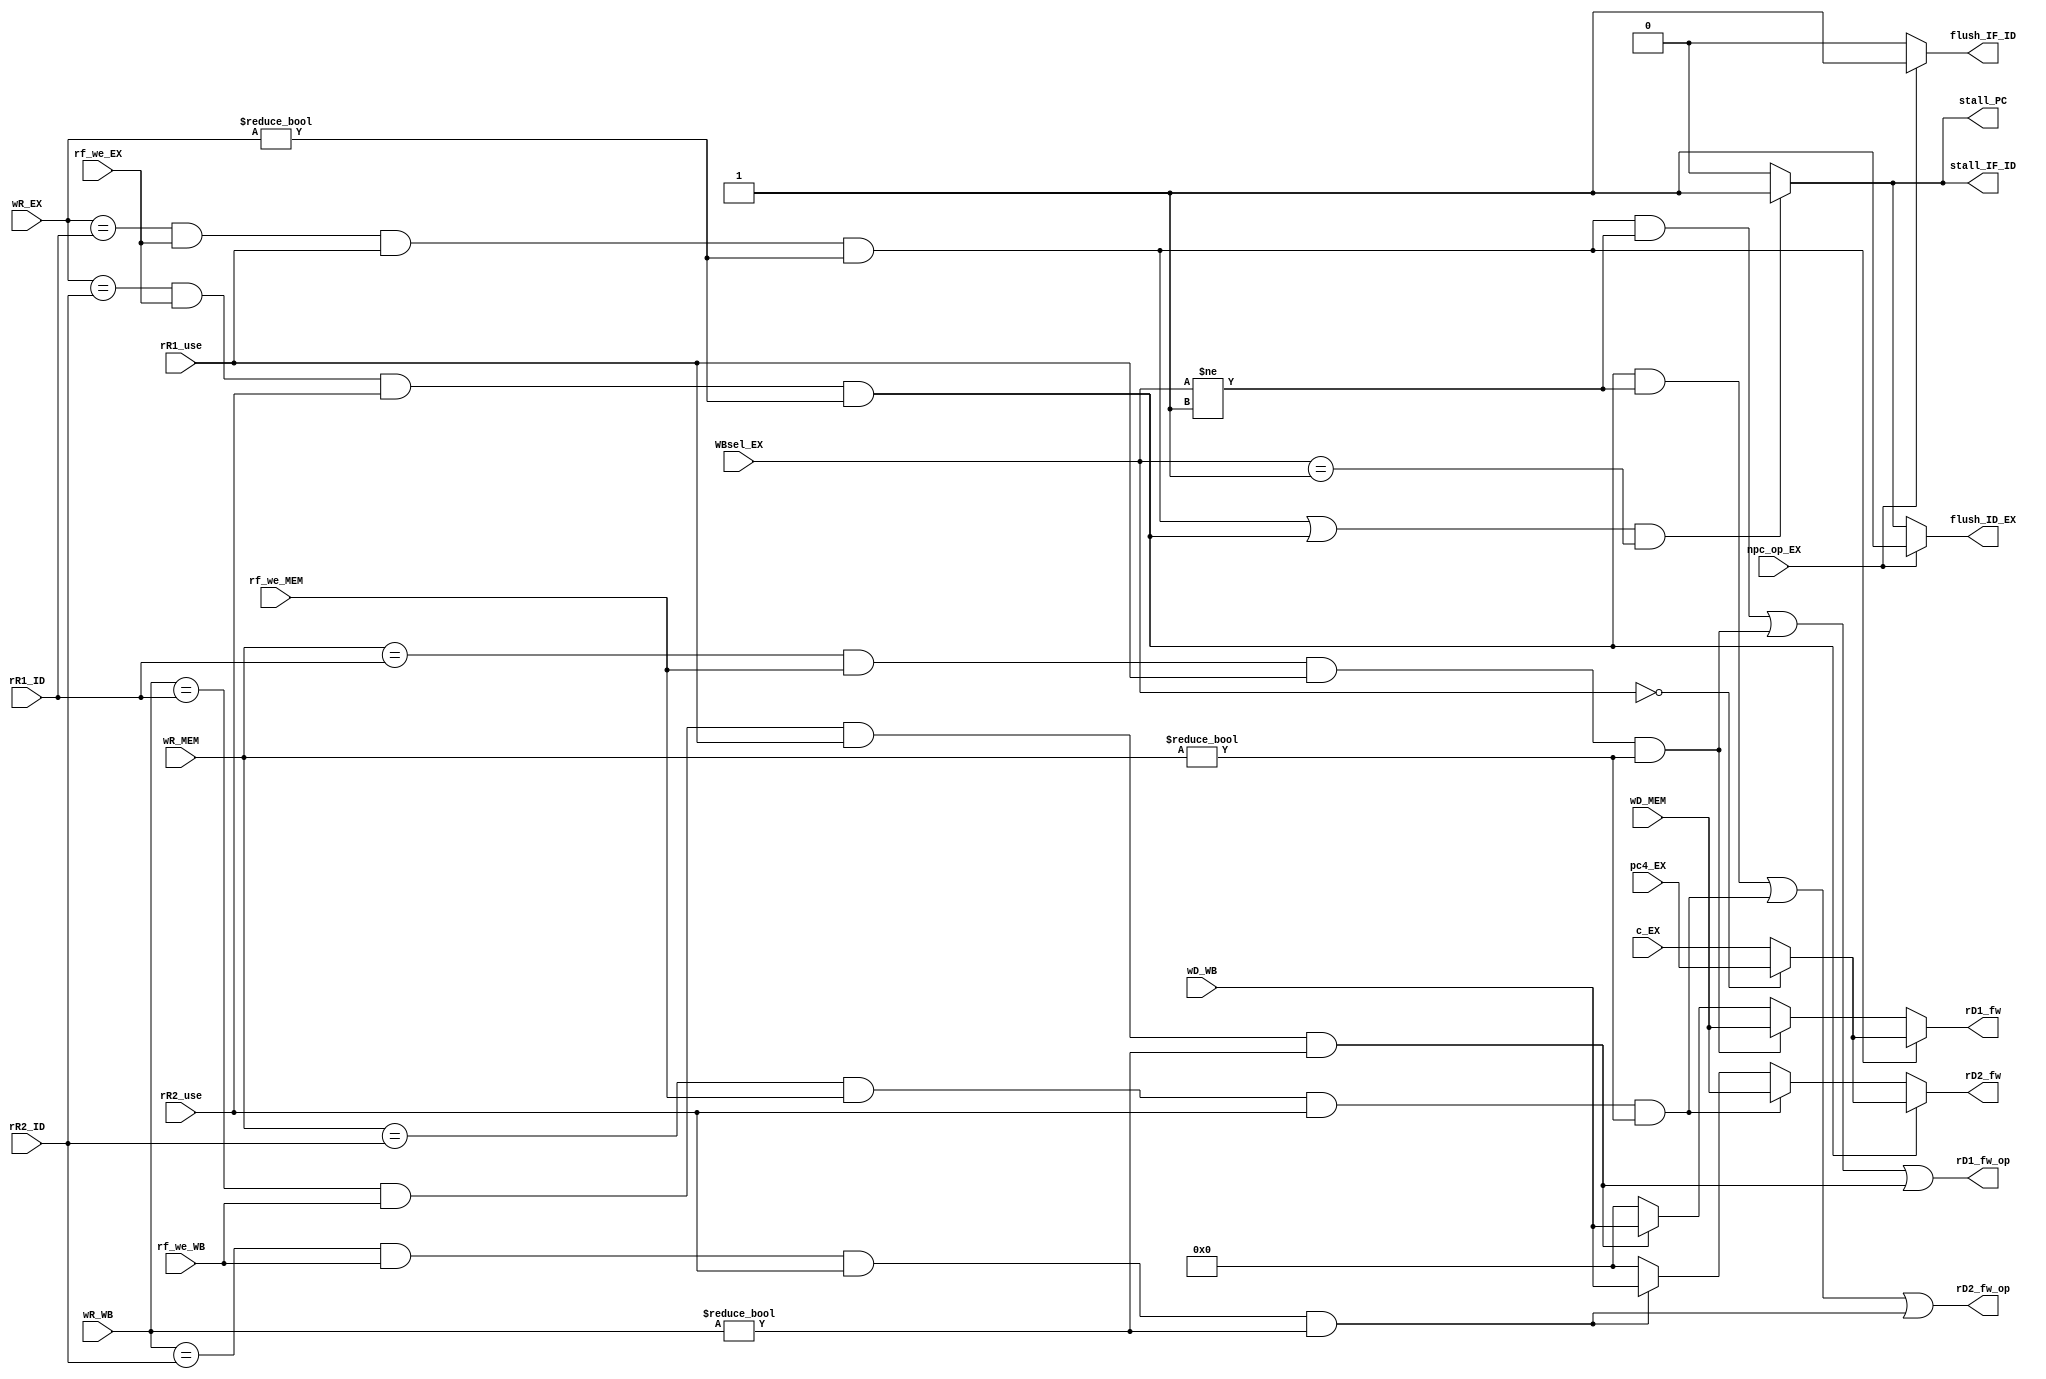
module hazard_ctrl(
    input   [4:0] wR_EX,
    input   [4:0] wR_MEM,
    input   [4:0] wR_WB,
    input   rf_we_EX,
    input   rf_we_MEM,
    input   rf_we_WB,
    input   [4:0] rR1_ID,
    input   [4:0] rR2_ID,
    input   rR1_use,
    input   rR2_use,
    input   [31:0] pc4_EX,
    input   [31:0] c_EX,
    input   [31:0] wD_MEM,
    input   [31:0] wD_WB,
    input   [1:0] WBsel_EX,
    input   npc_op_EX,

    //forward
    output  reg [31:0] rD1_fw,
    output  reg [31:0] rD2_fw,
    output  rD1_fw_op,
    output  rD2_fw_op,
    //stall
    output  reg stall_PC,
    output  reg stall_IF_ID,
    //flush
    output  reg flush_IF_ID,
    output  reg flush_ID_EX
);


//wb_hazard
wire [31:0] wD_EX = (WBsel_EX==0)?pc4_EX:c_EX;
wire r1_wb_hazard_EX,r1_wb_hazard_MEM,r1_wb_hazard_WB;
wire r2_wb_hazard_EX,r2_wb_hazard_MEM,r2_wb_hazard_WB;

assign rD1_fw_op=((r1_wb_hazard_EX&(WBsel_EX!=1))|r1_wb_hazard_MEM|r1_wb_hazard_WB);
assign rD2_fw_op=((r2_wb_hazard_EX&(WBsel_EX!=1))|r2_wb_hazard_MEM|r2_wb_hazard_WB);

assign r1_wb_hazard_EX = ((wR_EX==rR1_ID)&rf_we_EX&rR1_use&(wR_EX!=5'b0));
assign r1_wb_hazard_MEM= ((wR_MEM==rR1_ID)&rf_we_MEM&rR1_use&(wR_MEM!=5'b0));
assign r1_wb_hazard_WB = ((wR_WB==rR1_ID)&rf_we_WB&rR1_use&(wR_WB!=5'b0));

assign r2_wb_hazard_EX = ((wR_EX==rR2_ID)&rf_we_EX&rR2_use&(wR_EX!=5'b0));
assign r2_wb_hazard_MEM= ((wR_MEM==rR2_ID)&rf_we_MEM&rR2_use&(wR_MEM!=5'b0));
assign r2_wb_hazard_WB = ((wR_WB==rR2_ID)&rf_we_WB&rR2_use&(wR_WB!=5'b0));

// always@(*)
// begin
//     if((wR_EX==rR1_ID)&&rf_we_EX)   r1_wb_hazard_EX=1;
//     else if((wR_MEM==rR1_ID)&&rf_we_MEM)   r1_wb_hazard_MEM=1;
//     else if((wR_WB==rR1_ID)&&rf_we_WB)   r1_wb_hazard_WB=1;
//     else
//     begin
//         r1_wb_hazard_EX=0;
//         r1_wb_hazard_MEM=0;
//         r1_wb_hazard_WB=0;
//     end
// end

// always@(*)
// begin
//     if((wR_EX==rR2_ID)&&rf_we_EX)   r2_wb_hazard_EX=1;
//     else if((wR_MEM==rR2_ID)&&rf_we_MEM)   r2_wb_hazard_MEM=1;
//     else if((wR_WB==rR2_ID)&&rf_we_WB)   r2_wb_hazard_WB=1;
//     else
//     begin
//         r2_wb_hazard_EX=0;
//         r2_wb_hazard_MEM=0;
//         r2_wb_hazard_WB=0;
//     end
// end

always@(*)
begin
    if(r1_wb_hazard_EX) rD1_fw=wD_EX;
    else if(r1_wb_hazard_MEM) rD1_fw=wD_MEM;
    else if(r1_wb_hazard_WB) rD1_fw=wD_WB;
    else    rD1_fw=0;
end

always@(*)
begin
    if(r2_wb_hazard_EX) rD2_fw=wD_EX;
    else if(r2_wb_hazard_MEM) rD2_fw=wD_MEM;
    else if(r2_wb_hazard_WB) rD2_fw=wD_WB;
    else    rD2_fw=0;
end

//load_hazard
wire load_hazard = ((r1_wb_hazard_EX | r2_wb_hazard_EX)&(WBsel_EX==1));

always@(*)
begin
    if(load_hazard) stall_PC=1;
    else    stall_PC=0;
end

always@(*)
begin
    if(load_hazard) stall_IF_ID=1;
    else    stall_IF_ID=0;
end

//control_hazard
wire ctrl_hazard = npc_op_EX;

always@(*)
begin
    if(ctrl_hazard) flush_IF_ID=1;
    else    flush_IF_ID=0;
end

always@(*)
begin
    if(ctrl_hazard) flush_ID_EX=1;
    else if(load_hazard)    flush_ID_EX=1;
    else    flush_ID_EX=0;
end

endmodule